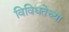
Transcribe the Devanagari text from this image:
विविधतेच्या